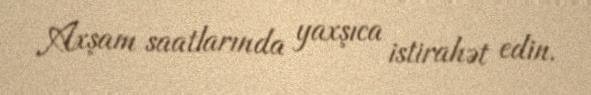
Axşam saatlarında yaxşıca istirahət edin.